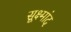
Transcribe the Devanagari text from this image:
सूक्ष्मांद